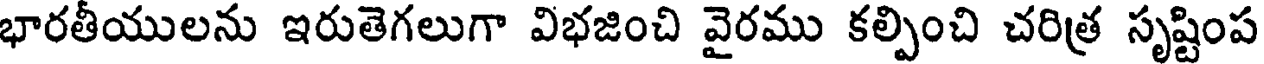
భారతీయులను ఇరుతెగలుగా విభజించి వైరము కల్పించి చరిత్ర సృష్టింప